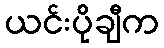
ယင်းပိုချီက